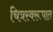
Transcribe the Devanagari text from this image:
चित्रस्वरूपात